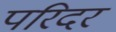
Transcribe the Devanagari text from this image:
परिदर